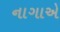
નાગાએ